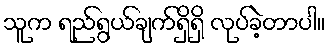
သူက ရည်ရွယ်ချက်ရှိရှိ လုပ်ခဲ့တာပါ။